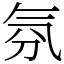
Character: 氛